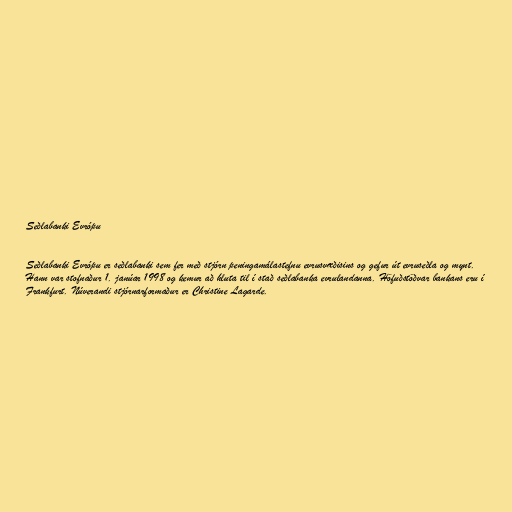
Seðlabanki Evrópu

Seðlabanki Evrópu er seðlabanki sem fer með stjórn peningamálastefnu evrusvæðisins og gefur út evruseðla og mynt.
Hann var stofnaður 1. janúar 1998 og kemur að hluta til í stað seðlabanka evrulandanna. Höfuðstöðvar bankans eru í
Frankfurt. Núverandi stjórnarformaður er Christine Lagarde.